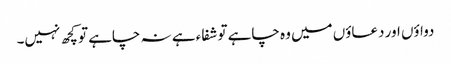
دواؤں اور دعاؤں میں وہ چاہے تو شفاء ہے نہ چاہے تو کچھ نہیں۔